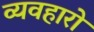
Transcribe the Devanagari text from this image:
व्यवहारो